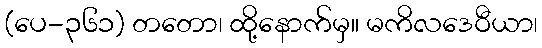
(ပေ-၃၆၁) တတော၊ ထို့နောက်မှ။ မကိလဒေဝီယာ၊